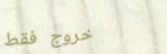
خروج فقط